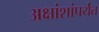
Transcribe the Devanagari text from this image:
अक्षांशांपर्यंत